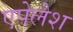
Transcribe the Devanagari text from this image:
एपेलेश